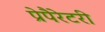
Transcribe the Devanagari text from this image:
प्रेपैरेटरी